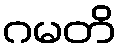
ဂမတိ